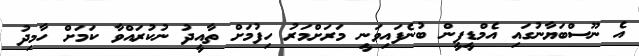
އެ ނޫސްބަޔާނުގައި އެމްޑީޕީން ބުނެފައިވަނީ މަރަށްމަރު ހިފުމަށް ތާއީދު ނުކުރައްވާ ކަމަށް ހާމިދު